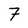
Character: 7